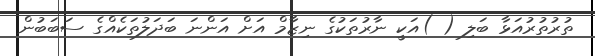
ތުރުތުރުއަޅާ ބަލި ( )އަކީ ނާރުތަކުގެ ނިޒާމް އަށް އަންނަ ބަދަލުތަކެއްގެ ސަބަބުން